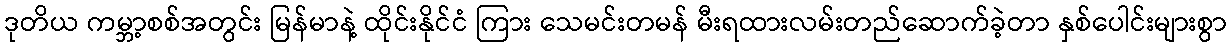
ဒုတိယ ကမ္ဘာ့စစ်အတွင်း မြန်မာနဲ့ ထိုင်းနိုင်ငံ ကြား သေမင်းတမန် မီးရထားလမ်းတည်ဆောက်ခဲ့တာ နှစ်ပေါင်းများစွာ